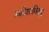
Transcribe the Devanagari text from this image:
आदेशाविरुद्ध